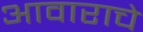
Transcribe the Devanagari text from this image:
आवाराचे